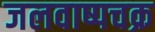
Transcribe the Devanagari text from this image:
जलवाष्पचक्र